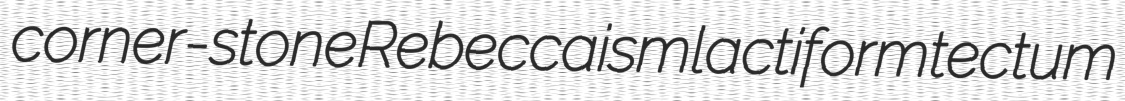
corner-stone Rebeccaism lactiform tectum